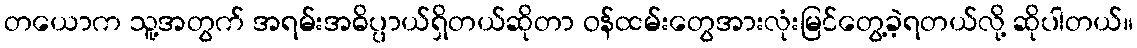
တယောက သူ့အတွက် အရမ်းအဓိပ္ပာယ်ရှိတယ်ဆိုတာ ဝန်ထမ်းတွေအားလုံးမြင်တွေ့ခဲ့ရတယ်လို့ ဆိုပါတယ်။